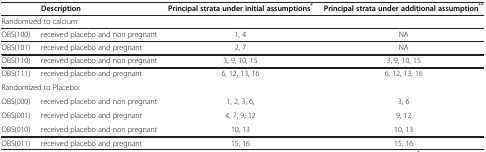
|  | Description | Principal strata under initial assumptions* | Principal strata under additional assumption** |
 | --- | --- | --- | --- |
 | <COLSPAN=4> Randomized to calcium: |
 | OBS(100) | received placebo and non pregnant | 1, 4 | NA |
 | OBS(101) | received placebo and pregnant | 2, 7 | NA |
 | OBS(110) | received placebo and non pregnant | 3, 9, 10, 15 | 3, 9, 10, 15 |
 | OBS(111) | received placebo and pregnant | 6, 12, 13, 16 | 6, 12, 13, 16 |
 | <COLSPAN=4> Randomized to Placebo: |
 | OBS(000) | received placebo and non pregnant | 1, 2, 3, 6, | 3, 6 |
 | OBS(001) | received placebo and pregnant | 4, 7, 9, 12 | 9, 12 |
 | OBS(010) | received placebo and non pregnant | 10, 13 | 10, 13 |
 | OBS(011) | received placebo and pregnant | 15, 16 | 15, 16 |